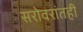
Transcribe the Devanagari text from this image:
सरोवरांतही